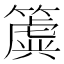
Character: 簴